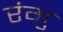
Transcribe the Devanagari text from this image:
रंगु